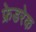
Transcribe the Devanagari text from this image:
फ्रेडरेक